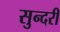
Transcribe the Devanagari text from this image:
सुन्‍दरी